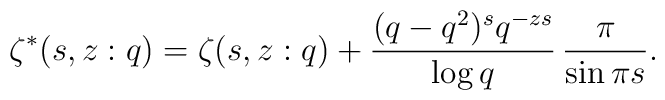
\zeta^{*}(s,z:q) = \zeta(s,z:q) + \frac{(q-q^{2})^{s}q^{-zs}}{\log q}                    \, \frac{\pi}{\sin \pi s}.